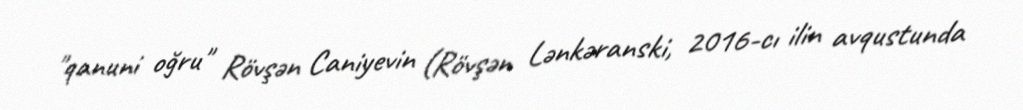
"qanuni oğru" Rövşən Caniyevin (Rövşən Lənkəranski, 2016-cı ilin avqustunda